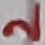
Text: 2